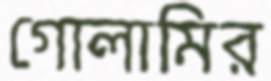
গোলামির